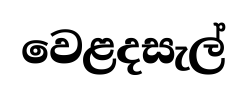
වෙළදසැල්